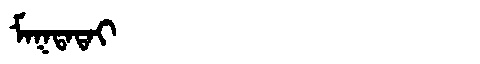
Manchu: ᠮᠠᡴᡨᠠᡨᠠᡳ
Romanization: MAKTATAI